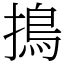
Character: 㨶